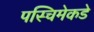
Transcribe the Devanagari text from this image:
पस्चिमेकडे